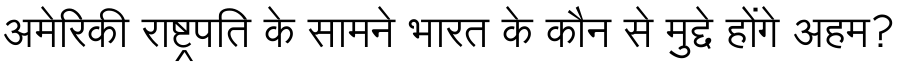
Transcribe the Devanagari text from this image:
अमेरिकी राष्ट्रपति के सामने भारत के कौन से मुद्दे होंगे अहम?